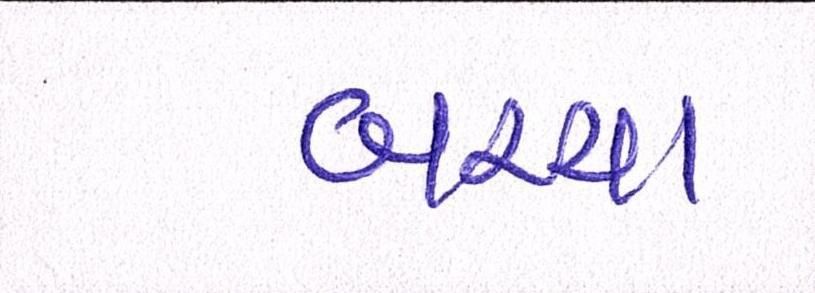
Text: બચ્ચા